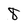
Character: 8